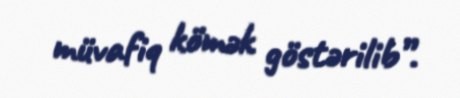
müvafiq kömək göstərilib”.